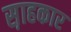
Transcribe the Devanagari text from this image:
स़ाहकार